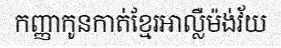
កញ្ញាកូនកាត់ខ្មែរអាល្លឺម៉ង់វ័យ